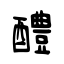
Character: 醴